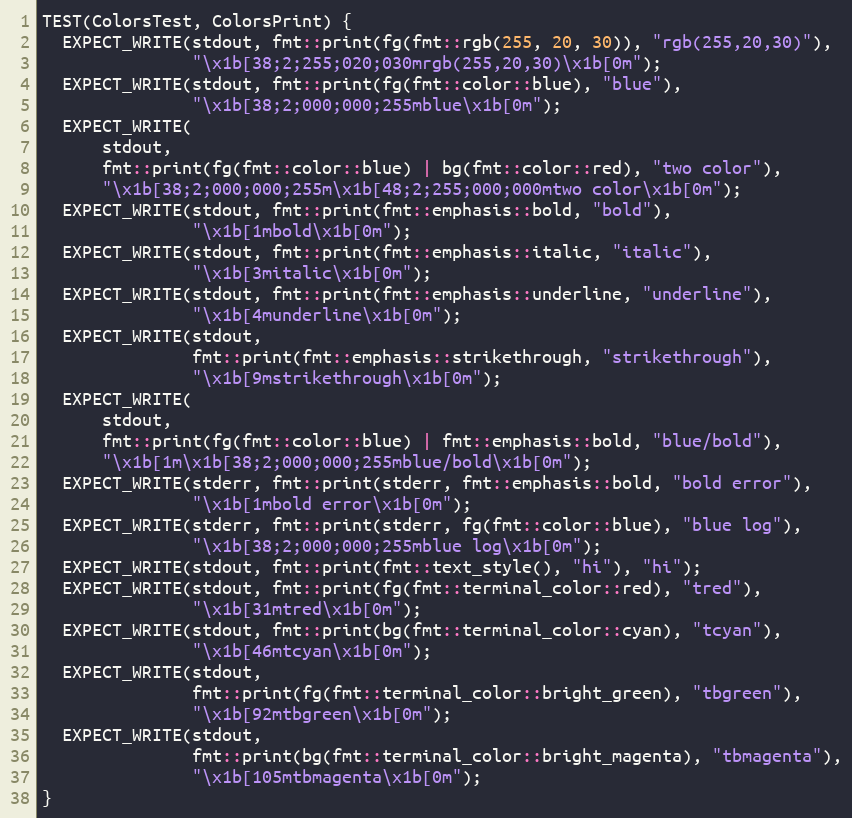
Language: C++
TEST(ColorsTest, ColorsPrint) {
  EXPECT_WRITE(stdout, fmt::print(fg(fmt::rgb(255, 20, 30)), "rgb(255,20,30)"),
               "\x1b[38;2;255;020;030mrgb(255,20,30)\x1b[0m");
  EXPECT_WRITE(stdout, fmt::print(fg(fmt::color::blue), "blue"),
               "\x1b[38;2;000;000;255mblue\x1b[0m");
  EXPECT_WRITE(
      stdout,
      fmt::print(fg(fmt::color::blue) | bg(fmt::color::red), "two color"),
      "\x1b[38;2;000;000;255m\x1b[48;2;255;000;000mtwo color\x1b[0m");
  EXPECT_WRITE(stdout, fmt::print(fmt::emphasis::bold, "bold"),
               "\x1b[1mbold\x1b[0m");
  EXPECT_WRITE(stdout, fmt::print(fmt::emphasis::italic, "italic"),
               "\x1b[3mitalic\x1b[0m");
  EXPECT_WRITE(stdout, fmt::print(fmt::emphasis::underline, "underline"),
               "\x1b[4munderline\x1b[0m");
  EXPECT_WRITE(stdout,
               fmt::print(fmt::emphasis::strikethrough, "strikethrough"),
               "\x1b[9mstrikethrough\x1b[0m");
  EXPECT_WRITE(
      stdout,
      fmt::print(fg(fmt::color::blue) | fmt::emphasis::bold, "blue/bold"),
      "\x1b[1m\x1b[38;2;000;000;255mblue/bold\x1b[0m");
  EXPECT_WRITE(stderr, fmt::print(stderr, fmt::emphasis::bold, "bold error"),
               "\x1b[1mbold error\x1b[0m");
  EXPECT_WRITE(stderr, fmt::print(stderr, fg(fmt::color::blue), "blue log"),
               "\x1b[38;2;000;000;255mblue log\x1b[0m");
  EXPECT_WRITE(stdout, fmt::print(fmt::text_style(), "hi"), "hi");
  EXPECT_WRITE(stdout, fmt::print(fg(fmt::terminal_color::red), "tred"),
               "\x1b[31mtred\x1b[0m");
  EXPECT_WRITE(stdout, fmt::print(bg(fmt::terminal_color::cyan), "tcyan"),
               "\x1b[46mtcyan\x1b[0m");
  EXPECT_WRITE(stdout,
               fmt::print(fg(fmt::terminal_color::bright_green), "tbgreen"),
               "\x1b[92mtbgreen\x1b[0m");
  EXPECT_WRITE(stdout,
               fmt::print(bg(fmt::terminal_color::bright_magenta), "tbmagenta"),
               "\x1b[105mtbmagenta\x1b[0m");
}